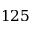
1 2 5